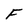
Character: F